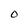
Character: O